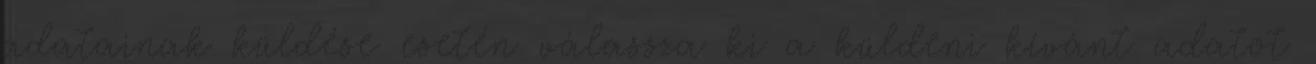
adatainak küldése esetén válassza ki a küldeni kívánt adatot